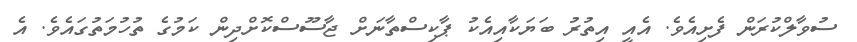
ސުވާލްކުރަން ފެށިއެވެ. އެއީ އިތުުރު ބަޔަކާއިއެކު ޕާކިސްތާނަށް ޖާސޫސްކޮށްދިން ކަމުގެ ތުހުމަތުގައެވެ. އެ